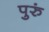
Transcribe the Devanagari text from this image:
पुरुं